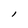
Character: l